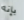
بإنه